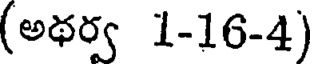
(అథర్వ 1-16-4)